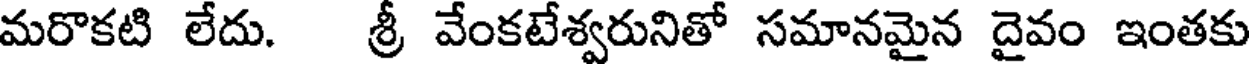
మరొకటి లేదు. శ్రీ వేంకటేశ్వరునితో సమానమైన దైవం ఇంతకు